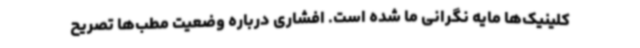
کلینیک‌ها مایه نگرانی ما شده است. افشاری درباره وضعیت مطب‌ها تصریح